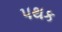
પથક